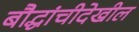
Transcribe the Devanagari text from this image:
बौद्धांचीदेखील